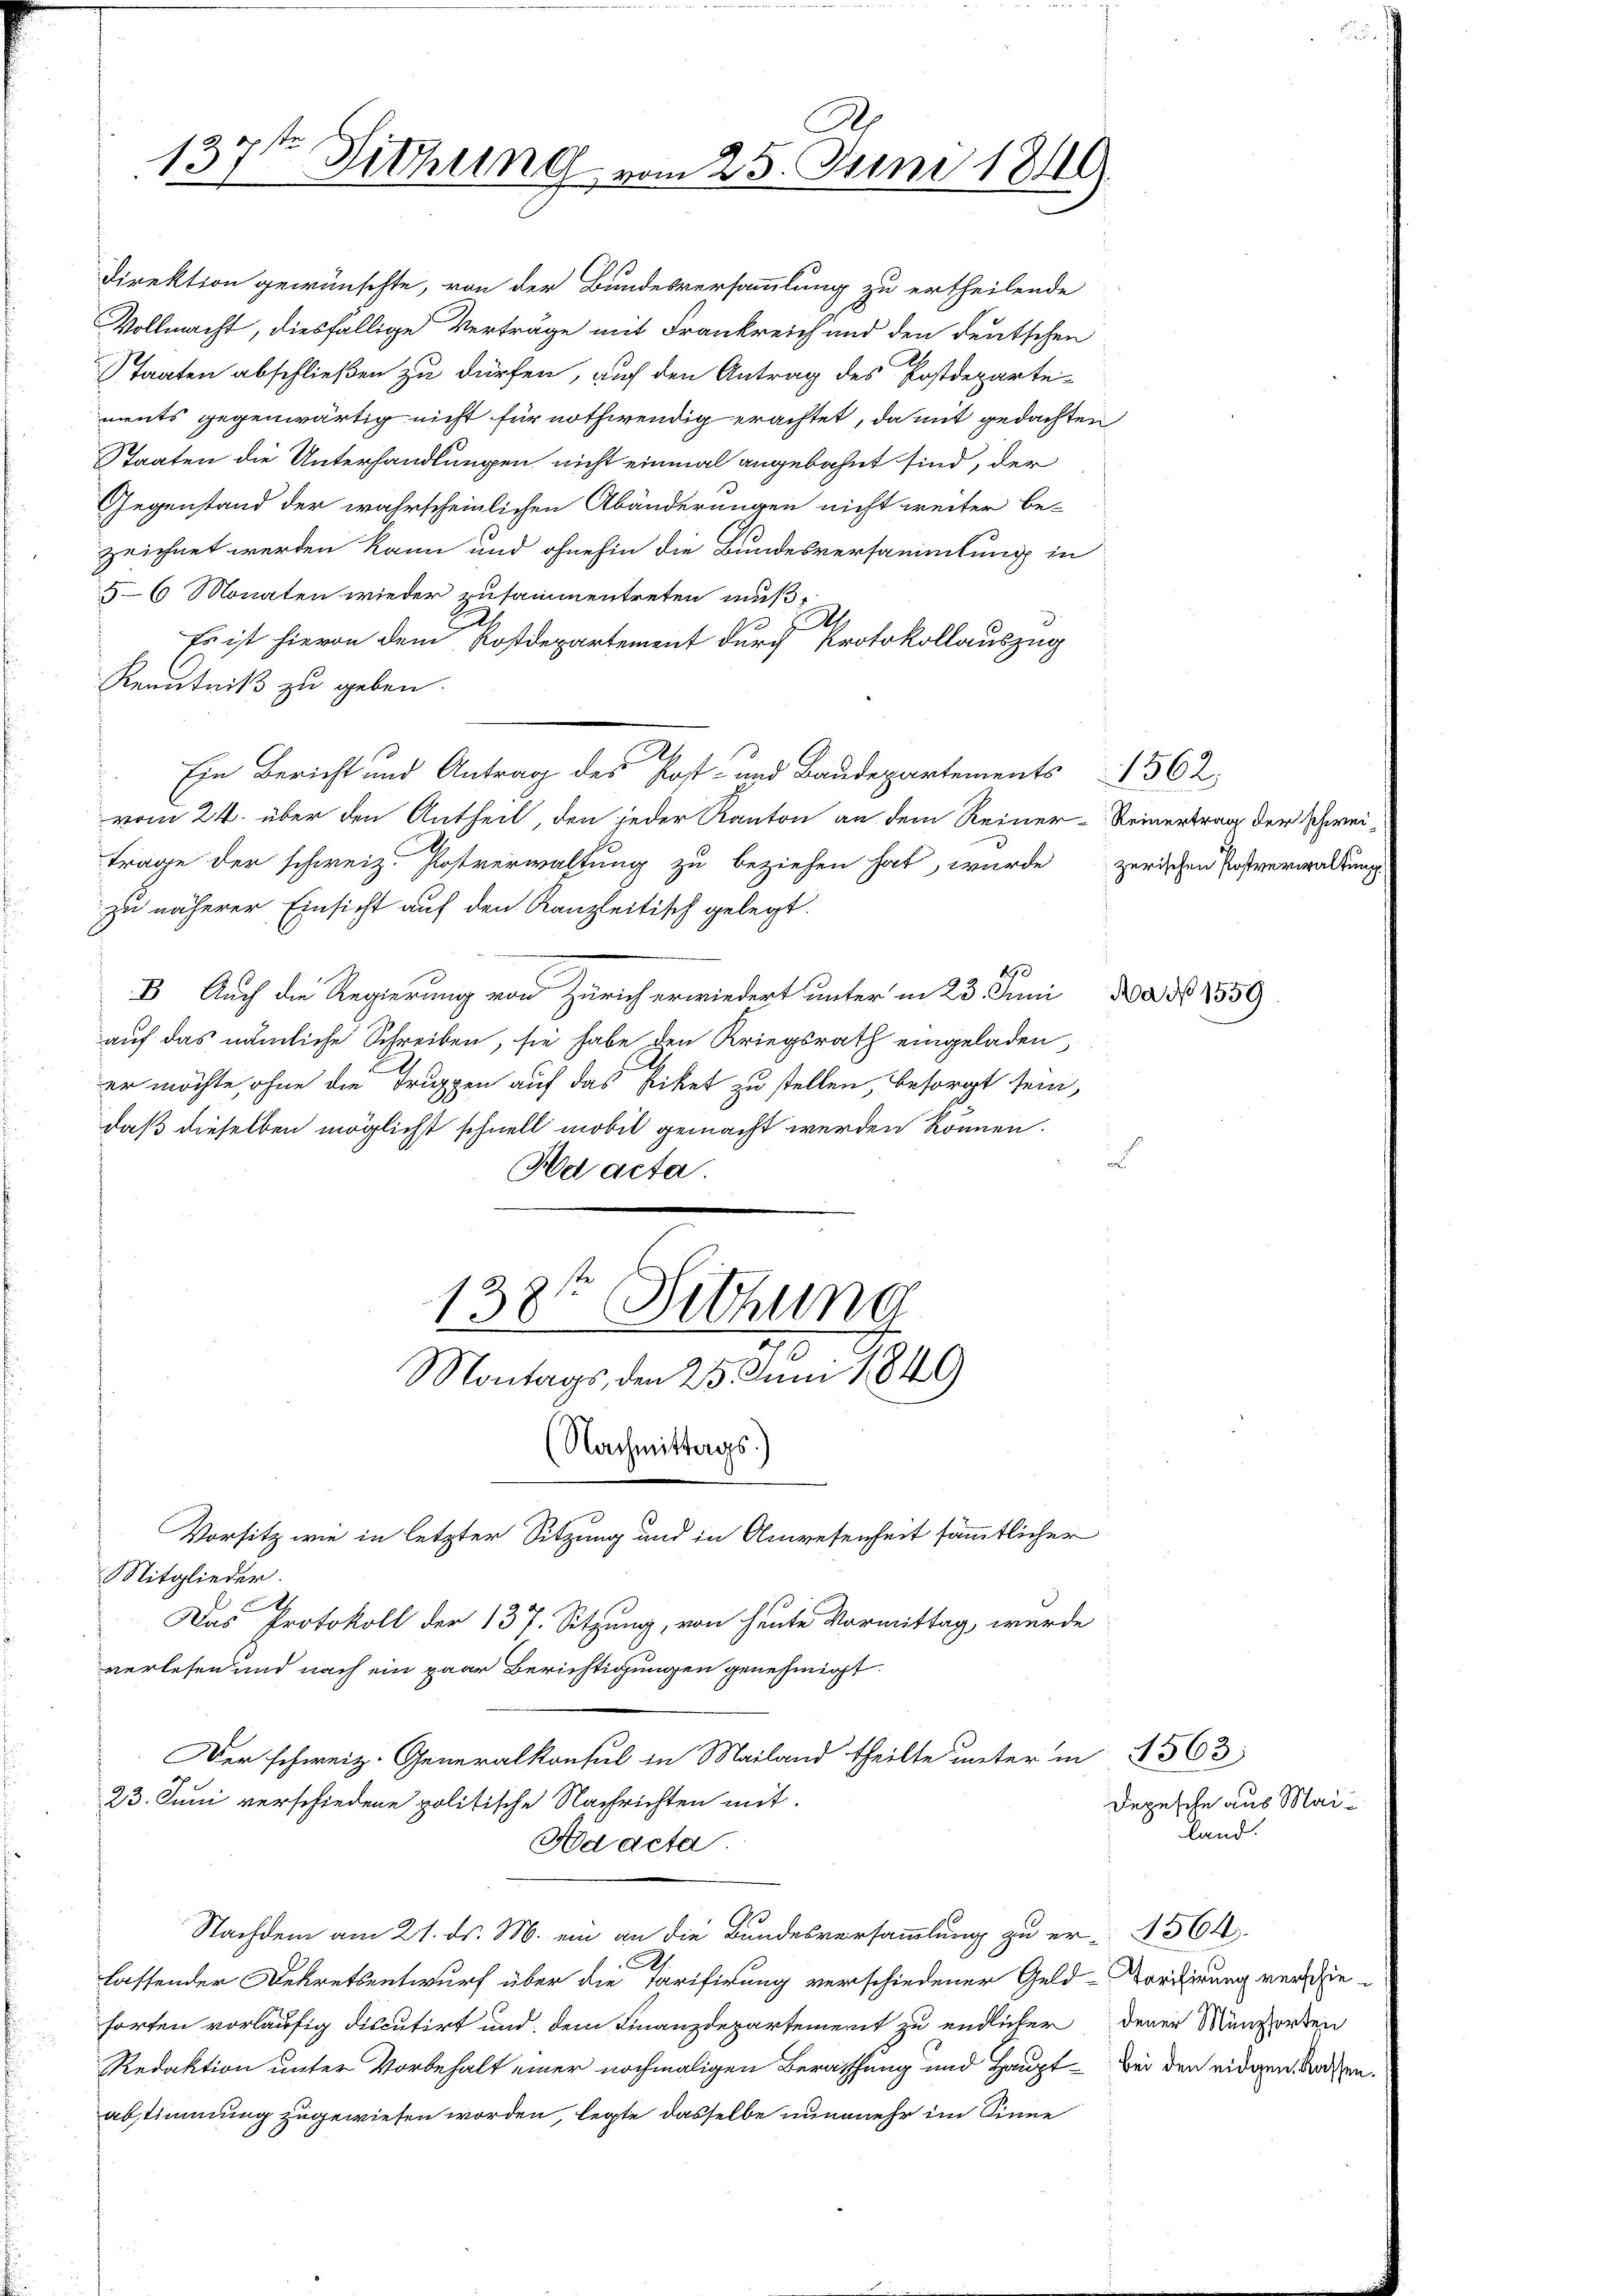
Kenntniß zu geben.
2
 Ein Bericht und Antrag des Kost- und Baudepartements 1562.
vom 24. über den Antheil, den jeder Kanton an dem Reiner Reinertrag der Schweitrage der schweiz. Postverwaltung zu beziehen hat, wurde zerischen Postverwaltung
zu näherer Einsicht auf den Kanzleitisch gelegt.
150
B Auch die Regierung von Zürich erwiedert unter in 23. Juni
auf das nämliche Schreiben, sie habe den Kriegsrath eingeladen,
E
er möchte, ohne die Truppen auf das Eiket zu stellen, besorgt sein,
daß dieselben möglichst schnell mobil gemacht werden können.
s
Hd acta.
138te Sitzung

3 opste
13.
Sitzung vom 25. Juni 1849

Direktion gewünschte, von der Bundesversammlung zu ertheilende
Vollmacht, diesfällige Verträge mit Frankreich und den deutschen
Staaten abschließen zu dürfen, auf den Antrag des Postdepartements gegenwärtig nicht für nothwendig erachtet, damit gedachten
Staaten die Unterhandlungen nicht einmal angebahnt sind, der
Gegenstand der wahrscheinlichen Abänderungen nicht weiter be-
zeichnet werden kann und ohnehin die Bundesversammlung in
5-6 Monaten wieder zusammentreten muß
A.
Es ist hievon dem Postdepartement durch Protokollauszug

Vorsitz wie in letzter Sitzung und in Anwesenheit sämmtlicher
Mitglieder.
A
Das Protokoll der 137. Sitzung, von heute Vormittag, wurde
verlesen und nach ein paar Berichtigungen genehmigt.
23. Juni verschiedene politische Nachrichten mit
Ad acta.
Nachdem am 21. ds. M. ein an die Bundesversammlung zu er- § 364.
lassender Dekretsentwurf über die Tarifirung verschiedener Geld-Verifirung verdieforten vorläufig discutirt und dem Finanzdepartement zu endlicher dener Münsorten
Redaktion unter Vorbehalt einer nochmaligen Berathung und Haupt- bei den eidgen worden.
abstimmung zugewiesen worden, legte dasselbe nunmehr im Sinne

Montags, den 25. Juni 1849

(Nachmittags.)

Der schweiz. Generalkonsul in Mailand theilte unter in § 563

Aad 1559.

Depesche aus Mai¬
Land.